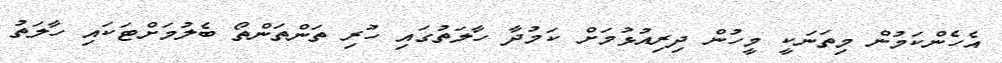
އެހެންކަމުން މިތަނަކީ މީހުން ދިރިއުޅުމަށް ކަމުދާ ހާލަތުގައި ހުރި ތަންތަންތޯ ބެލުމަށްޓަކައި ހާލަތު